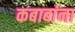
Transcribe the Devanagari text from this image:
कबाबांना